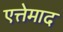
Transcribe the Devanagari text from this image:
एत्तेमाद